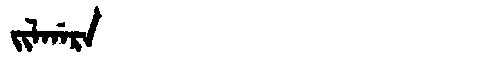
Manchu: ᠵᡳᠯᡤᠠᡵᠠ
Romanization: JILGARA